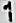
1